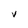
Character: v